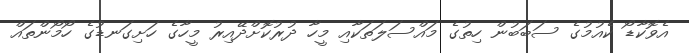
އެވޮކާޑޯ ކެއުމުގެ ސަބަބުން ހިތުގެ މައްސަލަތަކާއި މީހާ ދުރުކޮށްދޭއިރު މީހާގެ ހަށިގަނޑުގެ ހޯމޯންތައް